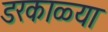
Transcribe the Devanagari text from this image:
डरकाळ्या